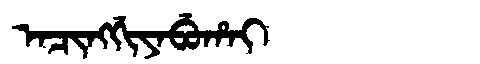
Manchu: ᠠᠴᡳᠩᡤᡳᠶᠠᠪᡠᡥᠠᡳ
Romanization: ACINGGIYABUHAI